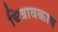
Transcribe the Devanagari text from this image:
चित्रावकाष